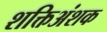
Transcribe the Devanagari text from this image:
शक्तिअंशक